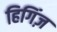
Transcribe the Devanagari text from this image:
हिगिंज़